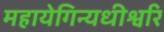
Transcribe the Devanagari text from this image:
महायेगिन्यधीश्वरि